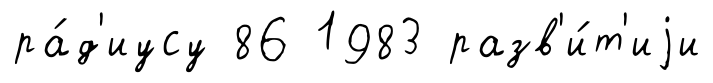
ра́д'иусу 86 1983 разв'и́т'иjи